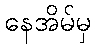
နေအိမ်မှ